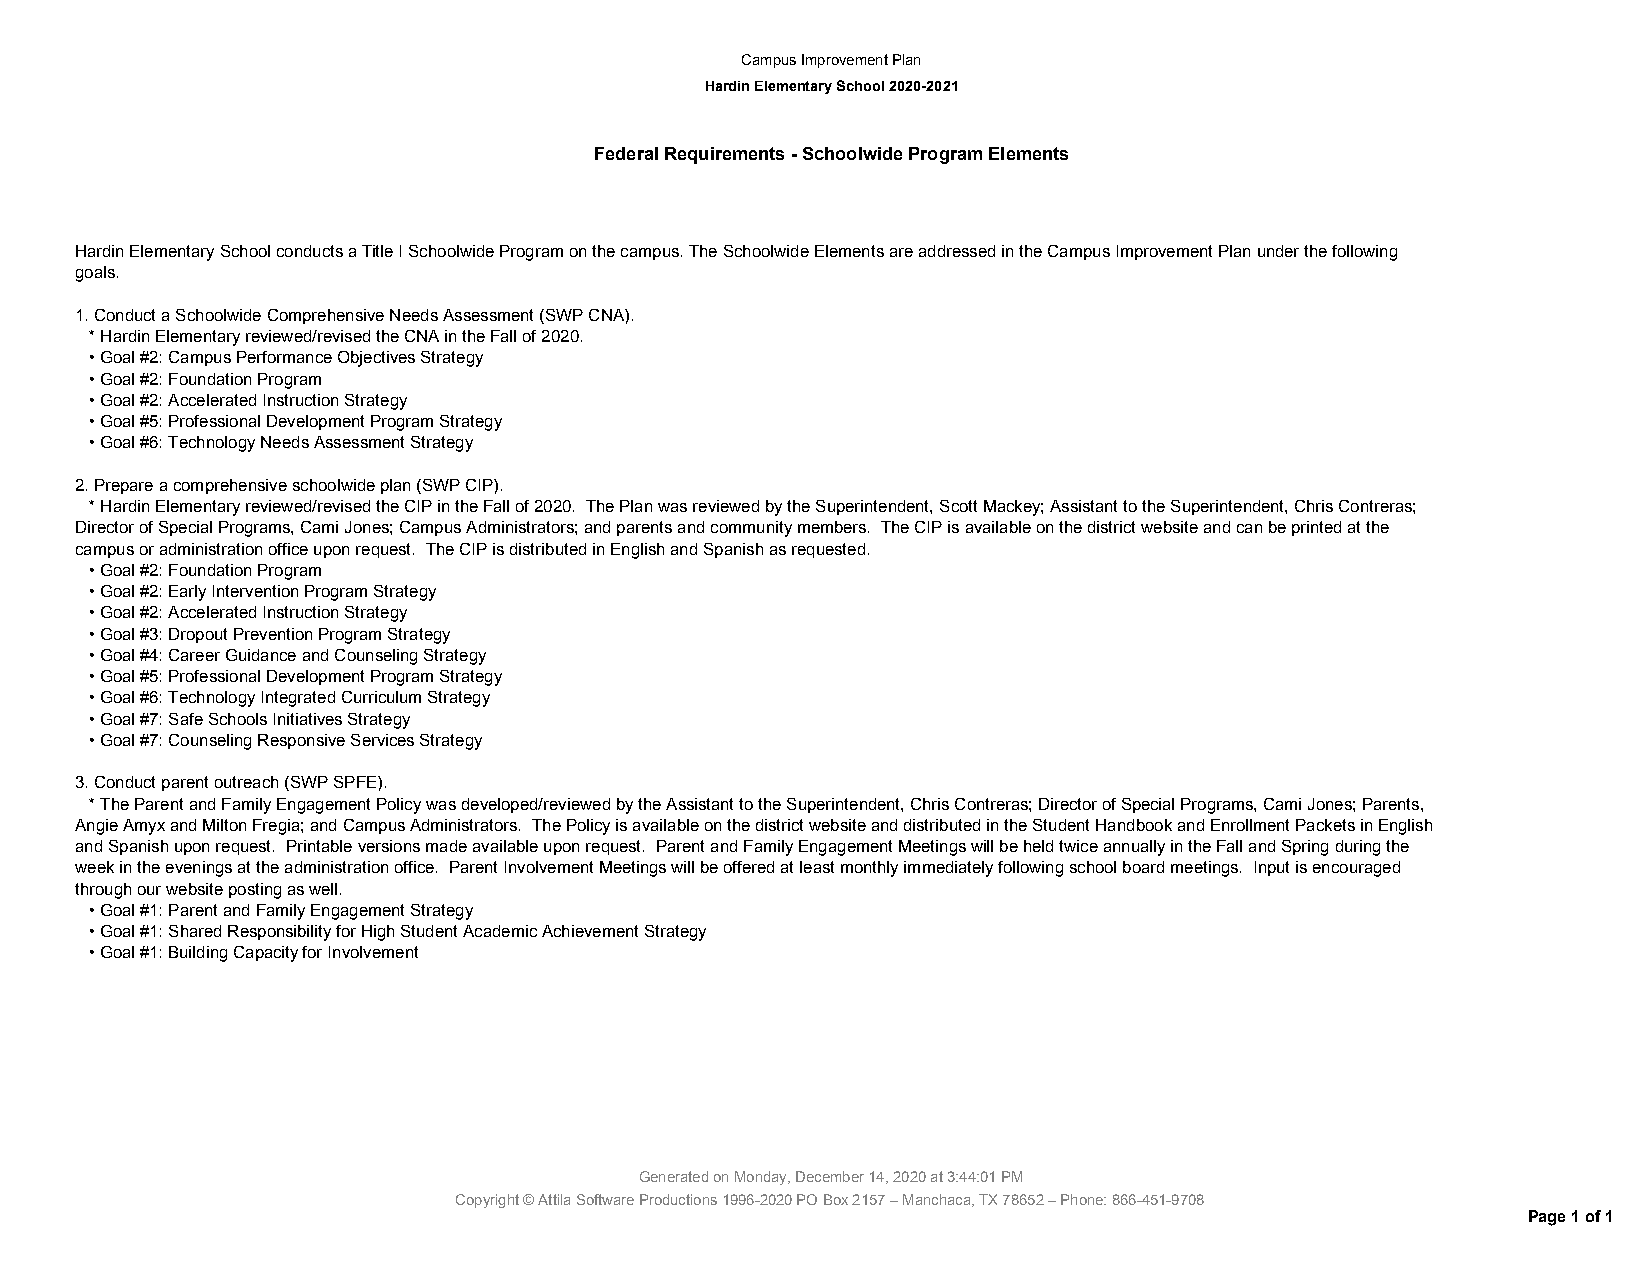
Campus Improvement Plan
 Hardin Elementary School 2020-2021
 Federal Requirements - Schoolwide Program Elements
 Hardin Elementary School conducts a Title I Schoolwide Program on the campus. The Schoolwide Elements are addressed in the Campus Improvement Plan under the following
 goals.
 1. Conduct a Schoolwide Comprehensive Needs Assessment (SWP CNA).
 * Hardin Elementary reviewed/revised the CNA in the Fall of 2020.
 • Goal #2: Campus Performance Objectives Strategy
 • Goal #2: Foundation Program
 • Goal #2: Accelerated Instruction Strategy
 • Goal #5: Professional Development Program Strategy
 • Goal #6: Technology Needs Assessment Strategy
 2. Prepare a comprehensive schoolwide plan (SWP CIP).
 * Hardin Elementary reviewed/revised the CIP in the Fall of 2020. The Plan was reviewed by the Superintendent, Scott Mackey; Assistant to the Superintendent, Chris Contreras;
 Director of Special Programs, Cami Jones; Campus Administrators; and parents and community members. The CIP is available on the district website and can be printed at the
 campus or administration office upon request. The CIP is distributed in English and Spanish as requested.
 • Goal #2: Foundation Program
 • Goal #2: Early Intervention Program Strategy
 • Goal #2: Accelerated Instruction Strategy
 • Goal #3: Dropout Prevention Program Strategy
 • Goal #4: Career Guidance and Counseling Strategy
 • Goal #5: Professional Development Program Strategy
 • Goal #6: Technology Integrated Curriculum Strategy
 • Goal #7: Safe Schools Initiatives Strategy
 • Goal #7: Counseling Responsive Services Strategy
 3. Conduct parent outreach (SWP SPFE).
 * The Parent and Family Engagement Policy was developed/reviewed by the Assistant to the Superintendent, Chris Contreras; Director of Special Programs, Cami Jones; Parents,
 Angie Amyx and Milton Fregia; and Campus Administrators. The Policy is available on the district website and distributed in the Student Handbook and Enrollment Packets in English
 and Spanish upon request. Printable versions made available upon request. Parent and Family Engagement Meetings will be held twice annually in the Fall and Spring during the
 week in the evenings at the administration office. Parent Involvement Meetings will be offered at least monthly immediately following school board meetings. Input is encouraged
 through our website posting as well.
 • Goal #1: Parent and Family Engagement Strategy
 • Goal #1: Shared Responsibility for High Student Academic Achievement Strategy
 • Goal #1: Building Capacity for Involvement
 Generated on Monday, December 14, 2020 at 3:44:01 PM
 Copyright © Attila Software Productions 1996-2020 PO Box 2157 – Manchaca, TX 78652 – Phone: 866-451-9708
 Page 1 of 1